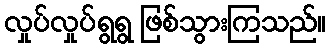
လှုပ်လှုပ်ရွရွ ဖြစ်သွားကြသည်။